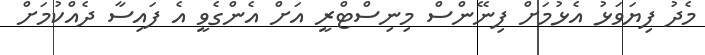
މެދު ފިޔަވަޅު އެޅުމަށް ފިނޭންސް މިނިސްޓްރީ އަށް އެންގެވީ އެ ފައިސާ ދެއްކުމަށް